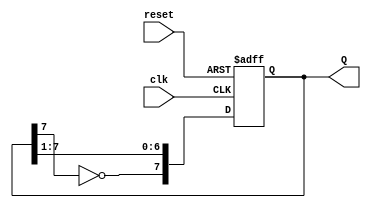
module johnson_counter (
    input wire clk,          // Clock input
    input wire reset,        // Reset signal
    output reg [7:0] Q       // 8-bit output
);

    always @(posedge clk or posedge reset) begin
        if (reset) begin
            Q <= 8'b00000000; // Reset to known state
        end else begin
            Q <= {~Q[7], Q[7:1]}; // Shift right and feed back inverted last bit
        end
    end

endmodule